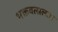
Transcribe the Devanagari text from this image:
भक्तवत्सलता